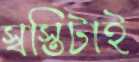
স্বস্তিটাই